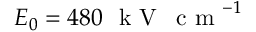
E _ { 0 } = 4 8 0 ~ \mathrm { ~ k ~ V ~ \, ~ c ~ m ~ } ^ { - 1 }